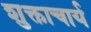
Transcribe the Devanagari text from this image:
शुक्ताचार्य